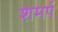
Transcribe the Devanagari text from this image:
शमर्प